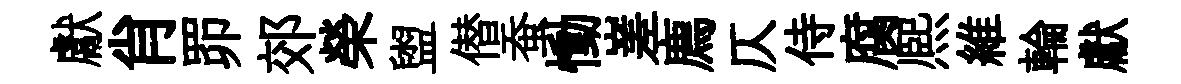
獻肖𦊑郊榮盥僣蚕慟嵳廌仄侍腐熈維輪獻